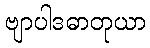
ဗျာပါဒဓာတုယာ